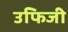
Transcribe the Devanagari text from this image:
उफिजी